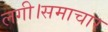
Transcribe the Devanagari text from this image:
लगी।समाचार